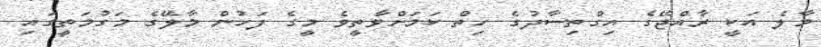
މާލެ އަކީ ރާއްޖޭގެ އިގްތިސާދުގެ ހިތް ކަމަށްވާތީވެ މީގެ ފަހުން މާލޭގެ މަގުމަތީގައި